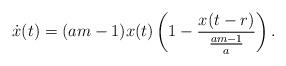
LaTeX: \begin{align*}\dot{x}(t)=(am-1)x(t)\left(1-\frac{x(t-r)}{\frac{am-1}{a}}\right).\end{align*}